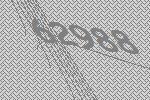
62988